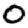
Digit: 0